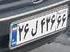
۲۶ل۴۴۶۶۶